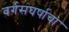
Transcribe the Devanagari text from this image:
वर्गसंघर्षाचा